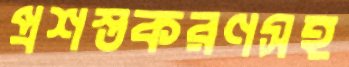
প্রশস্তকরণসহ